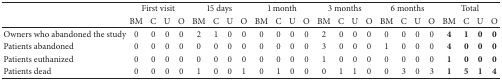
<table><thead><tr><td rowspan="2"><b> </b></td><td colspan="4"><b>First visit</b></td><td colspan="4"><b>15 days</b></td><td colspan="4"><b>1 month</b></td><td colspan="4"><b>3 months</b></td><td colspan="4"><b>6 months</b></td><td colspan="4"><b>Total</b></td></tr><tr><td><b>BM</b></td><td><b>C</b></td><td><b>U</b></td><td><b>O</b></td><td><b>BM</b></td><td><b>C</b></td><td><b>U</b></td><td><b>O</b></td><td><b>BM</b></td><td><b>C</b></td><td><b>U</b></td><td><b>O</b></td><td><b>BM</b></td><td><b>C</b></td><td><b>U</b></td><td><b>O</b></td><td><b>BM</b></td><td><b>C</b></td><td><b>U</b></td><td><b>O</b></td><td><b>BM</b></td><td><b>C</b></td><td><b>U</b></td><td><b>O</b></td></tr></thead><tbody><tr><td>Owners who abandoned the study </td><td>0</td><td>0</td><td>0</td><td>0</td><td>2</td><td>1</td><td>0</td><td>0</td><td>0</td><td>0</td><td>0</td><td>0</td><td>2</td><td>0</td><td>0</td><td>0</td><td>0</td><td>0</td><td>0</td><td>0</td><td><b>4</b></td><td><b>1</b></td><td><b>0</b></td><td><b>0</b></td></tr><tr><td>Patients abandoned</td><td>0</td><td>0</td><td>0</td><td>0</td><td>0</td><td>0</td><td>0</td><td>0</td><td>0</td><td>0</td><td>0</td><td>0</td><td>3</td><td>0</td><td>0</td><td>0</td><td>1</td><td>0</td><td>0</td><td>0</td><td><b>4</b></td><td><b>0</b></td><td><b>0</b></td><td><b>0</b></td></tr><tr><td>Patients euthanized</td><td>0</td><td>0</td><td>0</td><td>0</td><td>0</td><td>0</td><td>0</td><td>0</td><td>0</td><td>0</td><td>0</td><td>0</td><td>1</td><td>0</td><td>0</td><td>0</td><td>0</td><td>0</td><td>0</td><td>0</td><td><b>1</b></td><td><b>0</b></td><td><b>0</b></td><td><b>0</b></td></tr><tr><td>Patients dead</td><td>0</td><td>0</td><td>0</td><td>0</td><td>1</td><td>0</td><td>0</td><td>1</td><td>0</td><td>1</td><td>0</td><td>0</td><td>0</td><td>1</td><td>1</td><td>0</td><td>0</td><td>3</td><td>0</td><td>3</td><td><b>1</b></td><td><b>5</b></td><td><b>1</b></td><td><b>4</b></td></tr></tbody></table>